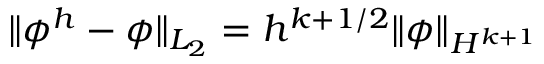
\| \phi ^ { h } - \phi \| _ { L _ { 2 } } = h ^ { k + 1 / 2 } \| \phi \| _ { H ^ { k + 1 } }